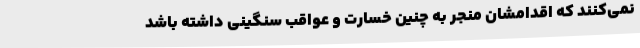
نمی‌کنند که اقدامشان منجر به چنین خسارت و عواقب سنگینی داشته باشد